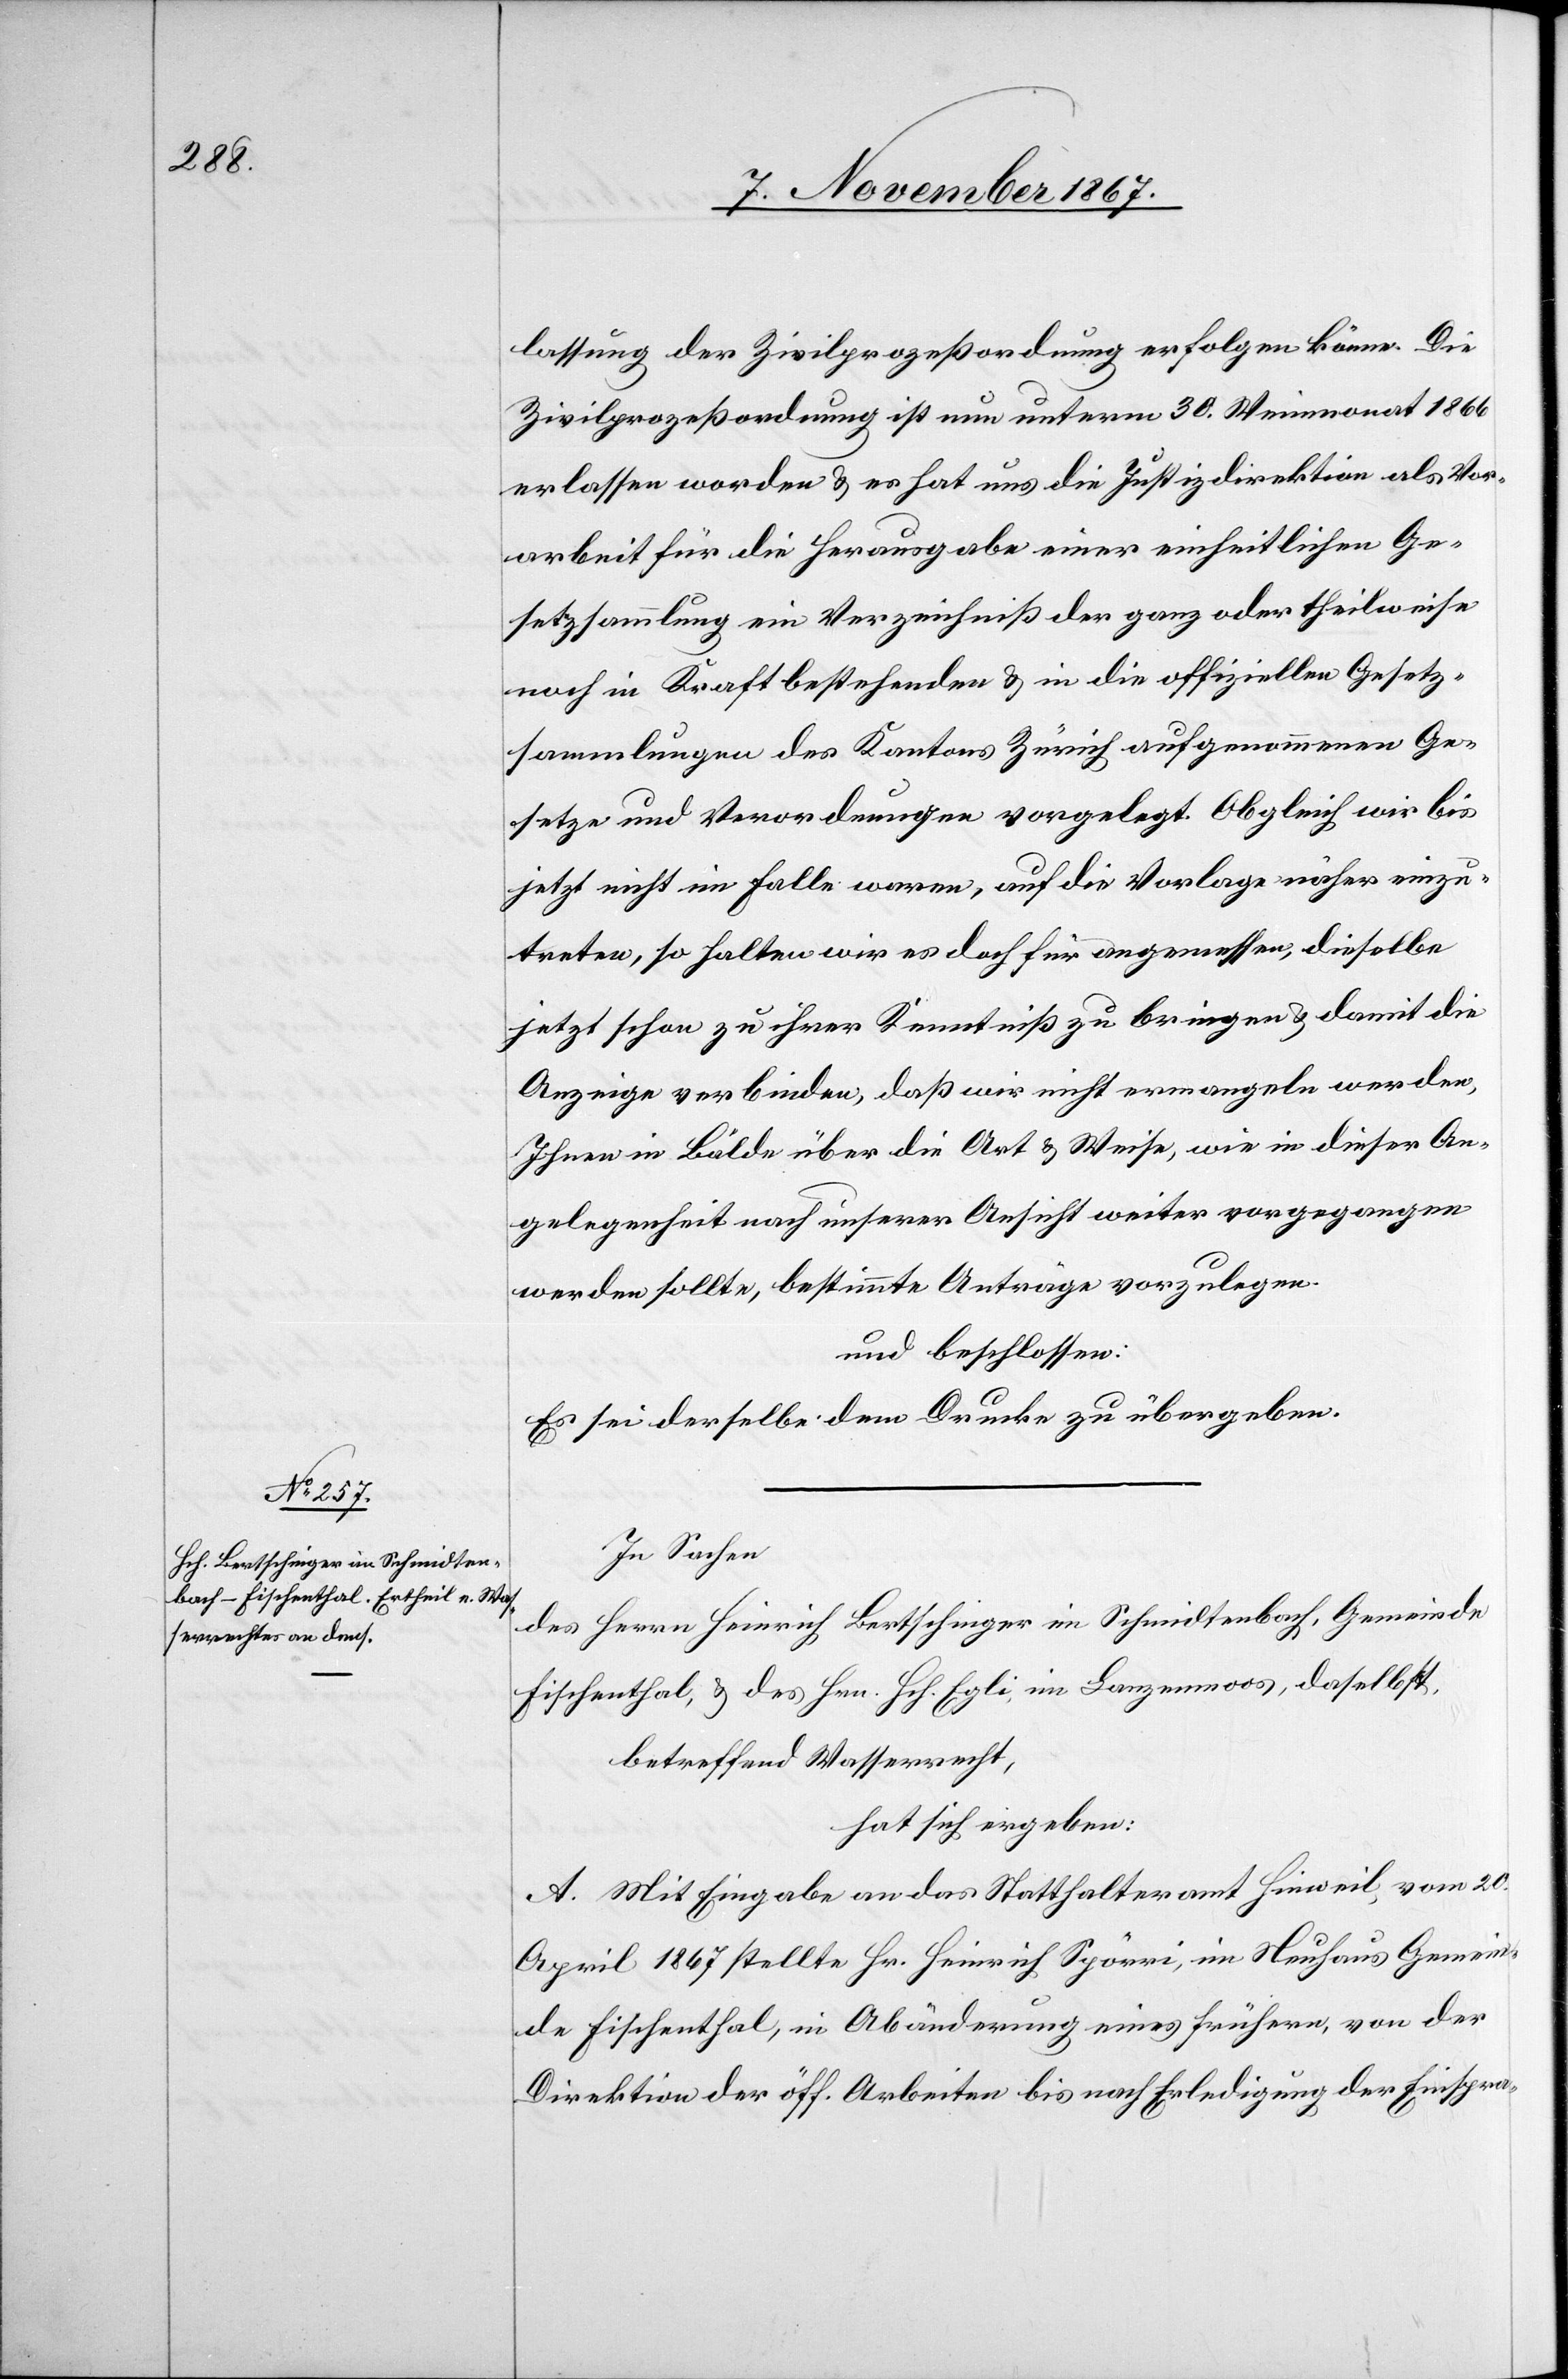
lassung der Zivilprozeßordnung erfolgen könne. Die
Zivilprozeßordnung ist nun unterm 30. Weinmonat 1866
erlassen worden u. es hat uns die Justizdirektion als Vor¬
arbeit für die Herausgabe einer einheitlichen Ge¬
setzsammlung ein Verzeichniß der ganz oder theilweise
noch in Kraft bestehenden u. in die offizielle Gesetz¬
sammlungen des Kantons Zürich aufgenommenen Ge¬
setze und Verordnungen vorgelegt. Obgleich wir bis
jetzt nicht im Falle waren, auf die Vorlage näher einzu¬
treten, so halten wir es doch für angemessen, dieselbe
jetzt schon zu ihrer [sic!] Kenntniß zu bringen u. damit die
Anzeige verbinden [sic!], daß wir nicht ermangeln werden,
Ihnen in Bälde über die Art u. Weise, wie in dieser An¬
gelegenheit nach unserer Ansicht weiter vorgegangen
werden sollte, bestimmte Anträge vorzulegen.
und beschlossen:
Es sei derselbe dem Drucke zu übergeben.
In Sachen
des Herrn Heinrich Bertschinger im Schmidtenbach, Gemeinde
Fischenthal, u. des Hrn. Hch. Egli, im Lanzenmoos, daselbst,
betreffend Wasserrecht,
hat sich ergeben:
A. Mit Eingabe an das Statthalteramt Hinweil vom 20.
April 1867 stellte Hr. Heinrich Spörri, im Neuhaus Gemein¬
de Fischenthal, in Abänderung eines früher, von der
Direktion der öff. Arbeiten bis nach Erledigung der Einspra-